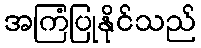
အကြံပြုနိုင်သည်